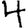
Digit: 4